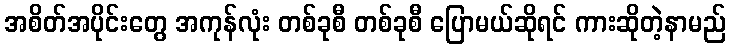
အစိတ်အပိုင်းတွေ အကုန်လုံး တစ်ခုစီ တစ်ခုစီ ပြောမယ်ဆိုရင် ကားဆိုတဲ့နာမည်